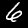
Digit: 6